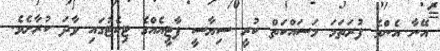
އޭނާ އެންމެ ފުރަތަމަ މަސައްކަތް ކުރީ ސިޔާސީ ޕާޓީއެއްގެ ޓިކެޓުގައި ވާދަ ކުރާށެވެ.